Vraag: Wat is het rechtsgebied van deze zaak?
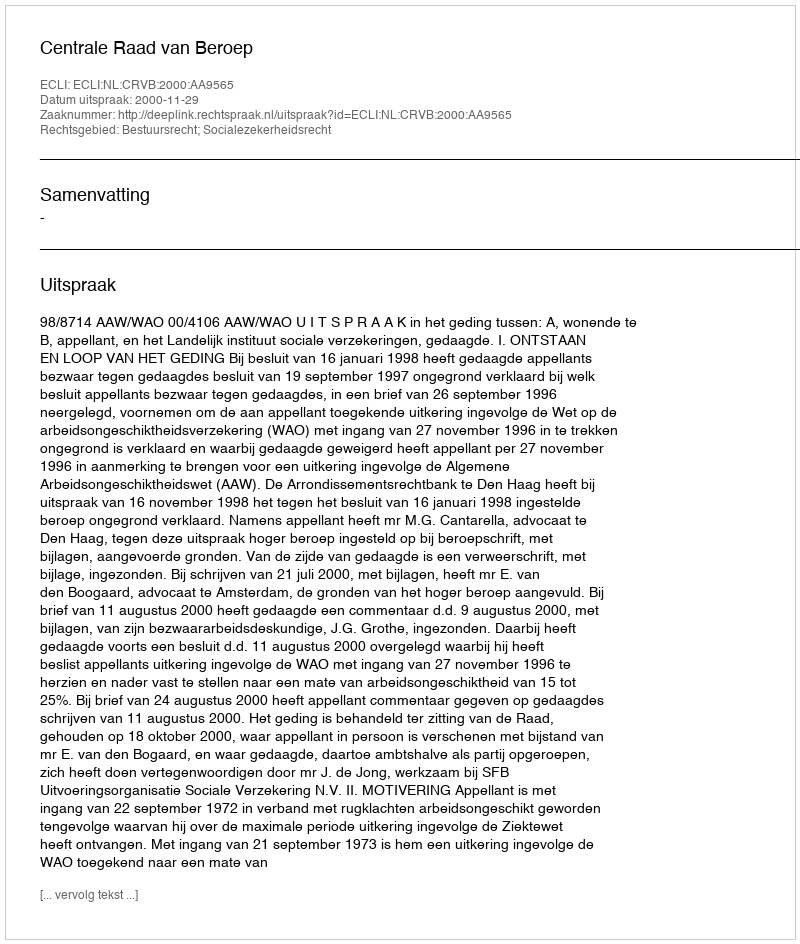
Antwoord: Bestuursrecht; Socialezekerheidsrecht